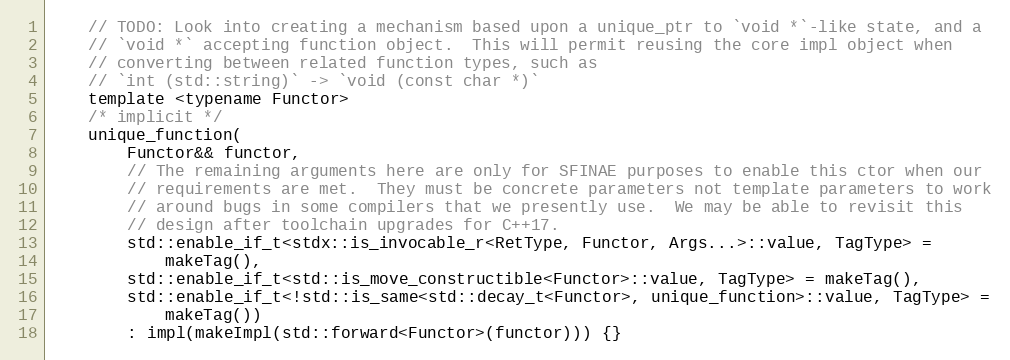
Language: C
    // TODO: Look into creating a mechanism based upon a unique_ptr to `void *`-like state, and a
    // `void *` accepting function object.  This will permit reusing the core impl object when
    // converting between related function types, such as
    // `int (std::string)` -> `void (const char *)`
    template <typename Functor>
    /* implicit */
    unique_function(
        Functor&& functor,
        // The remaining arguments here are only for SFINAE purposes to enable this ctor when our
        // requirements are met.  They must be concrete parameters not template parameters to work
        // around bugs in some compilers that we presently use.  We may be able to revisit this
        // design after toolchain upgrades for C++17.
        std::enable_if_t<stdx::is_invocable_r<RetType, Functor, Args...>::value, TagType> =
            makeTag(),
        std::enable_if_t<std::is_move_constructible<Functor>::value, TagType> = makeTag(),
        std::enable_if_t<!std::is_same<std::decay_t<Functor>, unique_function>::value, TagType> =
            makeTag())
        : impl(makeImpl(std::forward<Functor>(functor))) {}